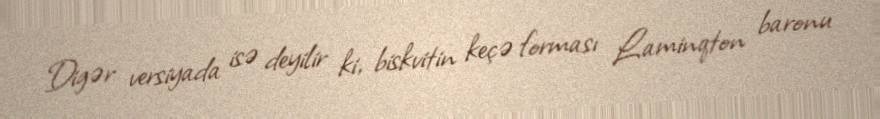
Digər versiyada isə deyilir ki, biskvitin keçə forması Laminqton baronu